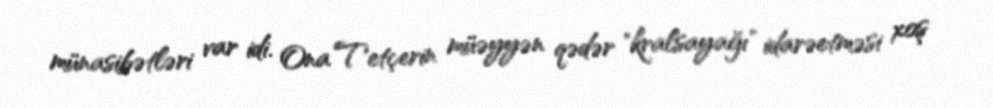
münasibətləri var idi. Ona Tetçerin müəyyən qədər "kralsayağı" idarəetməsi xoş